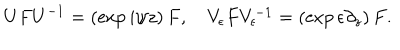
U F U ^ { - 1 } = \left( \exp i \psi z \right) F , \quad V _ { \epsilon } F V _ { \epsilon } ^ { - 1 } = \left( \exp \epsilon \partial _ { z } \right) F .